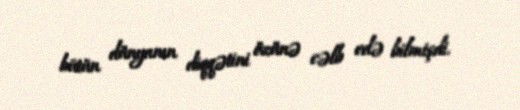
bütün dünyanın diqqətini özünə cəlb edə bilmişdi.